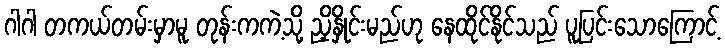
ဂါဂါ တကယ်တမ်းမှာမူ တုန်းကကဲ့သို့ ညှိနှိုင်းမည်ဟု နေထိုင်နိုင်သည် ပူပြင်းသောကြောင့်